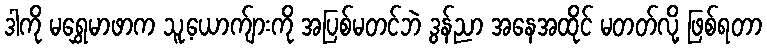
ဒါကို မရွှေမာဖာက သူ့ယောက်ျားကို အပြစ်မတင်ဘဲ ဒွန်ညာ အနေအထိုင် မတတ်လို့ ဖြစ်ရတာ